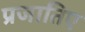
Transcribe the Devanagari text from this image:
प्रजातिए